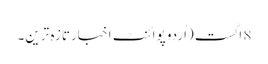
8 اگست (اُردو پوائنٹ اخبارتازہ ترین۔